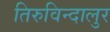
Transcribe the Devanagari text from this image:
तिरुविन्दालुर